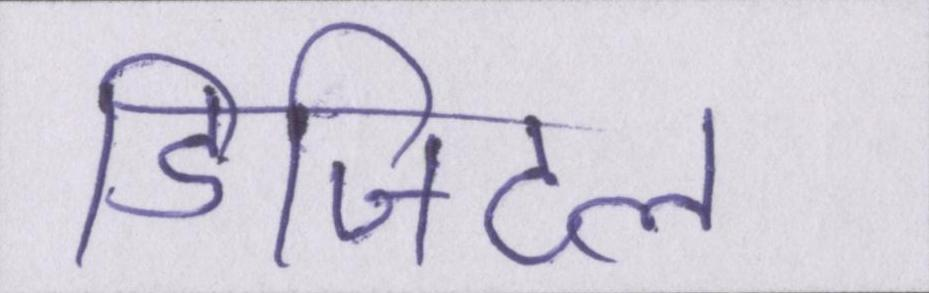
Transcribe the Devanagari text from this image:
डिजिटल